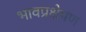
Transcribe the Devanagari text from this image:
भावप्रक्षेपण